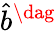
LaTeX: \hat{b}^{\dag}